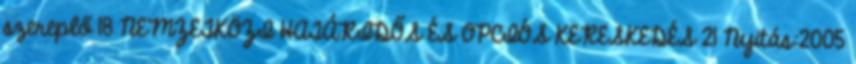
szereplő 18 NEMZETKÖZI HATÁRIDŐS ÉS OPCIÓS KERESKEDÉS 21 Nyitás:2005